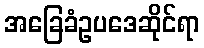
အခြေခံဥပဒေဆိုင်ရာ